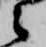
之